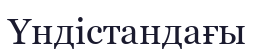
Үндістандағы